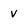
Character: v